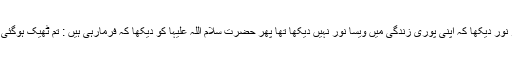
لڑکی نے کہا : جس وقت چراغ گل ہوا اسی وقت ایک ایسی روشنی اور نور دیکھا کہ اپنی پوری زندگی میں ویسا نور نہیں دیکھا تھا پھر حضرت سلام اللہ علیہا کو دیکھا کہ فرمارہی ہیں : تم ٹھیک ہوگئی ہو اب بول سکتی ہو میں چیخنے لگی تو دیکھا کہ میں بول سکتی ہوں ۔